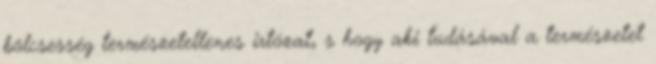
bölcsesség természetellenes irtózat, s hogy aki tudásával a természetet